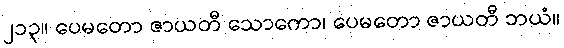
၂၁၃။ ပေမတော ဇာယတီ သောကော၊ ပေမတော ဇာယတီ ဘယံ။